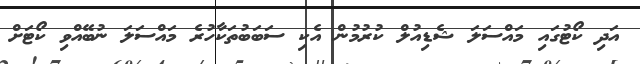
އަދި ކޯޓުގައި މައްސަލަ ޝެޑިއުލް ކުރުމުން އެކި ސަބަބުތަކާހުރެ މައްސަލަ ނުބޭއްވި ކޯޓަށް